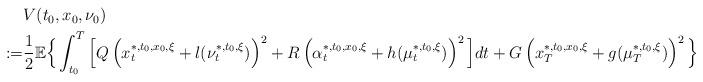
LaTeX: \begin{align*}\begin{aligned}&V(t_0,x_0,\nu_0)\\:=&\frac{1}{2}\mathbb{E}\Big\{\int_{t_0}^T\Big[Q\left(x_t^{*,t_0,x_0,\xi}+l(\nu_t^{*,t_0,\xi})\right)^2+R\left(\alpha_t^{*,t_0,x_0,\xi}+h(\mu_t^{*,t_0,\xi})\right)^2\Big]dt+G\left(x_T^{*,t_0,x_0,\xi}+g(\mu_T^{*,t_0,\xi})\right)^2\Big\}\end{aligned}\end{align*}